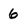
Character: 6